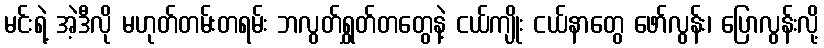
မင်းရဲ့ အဲ့ဒီလို မဟုတ်တမ်းတရမ်း ဘလွတ်ရွှတ်တတွေနဲ့ ငယ်ကျိုး ငယ်နာတွေ ဖော်လွန်း၊ ပြောလွန်းလို့